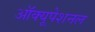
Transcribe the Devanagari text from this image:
ऑक्यूपेशनल